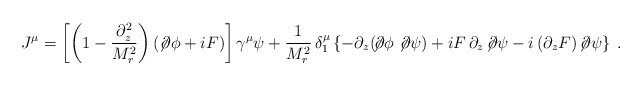
\begin{align*}J^\mu=\left[\left(1 - \frac{\partial_{z}^2}{M_r^2}\right)\left(\not\!\partial \phi+iF\right)\right] \gamma^\mu \psi +\frac{1}{M_r^2}\,\delta^\mu_1\left\{-\partial_z (\!\not\!\partial\phi \not\!\partial\psi) +iF\, \partial_z\!\not\!\partial\psi -i \,(\partial_z F)\!\not\!\partial\psi\right\}\;.\end{align*}